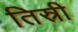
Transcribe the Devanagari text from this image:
तिस्री